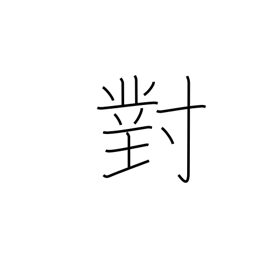
Meaning: facing